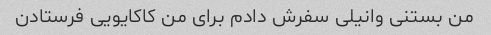
من بستنی وانیلی سفرش دادم برای من کاکایویی فرستادن